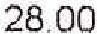
28.00